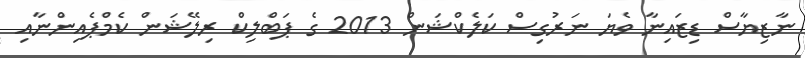
ނާޒިޔާސް ޑިޒައިނާ ވެޔަ ނަރުގިސް ކަލެކްޝަން 2013 ގެ ޕަބްލިކް ރިލޭޝަން ކެމްޕެއިންނާއި